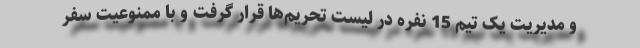
و مدیریت یک تیم 15 نفره در لیست تحریم‌ها قرار گرفت و با ممنوعیت سفر